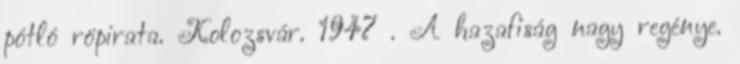
pótló röpirata. Kolozsvár. 1947 . A hazafiság nagy regénye.